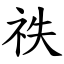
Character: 祑